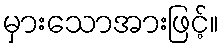
မှားသောအားဖြင့်။